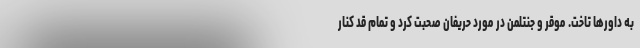
به داورها تاخت. موقر و جنتلمن در مورد حریفان صحبت کرد و تمام قد کنار